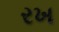
રખ